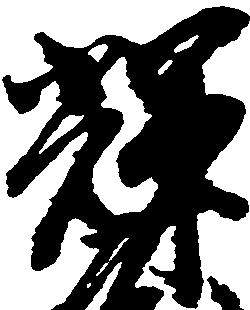
輝